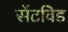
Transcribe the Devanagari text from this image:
सेंटविड